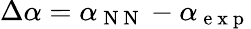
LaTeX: \Delta\alpha=\alpha_{\mathrm{~N~N~}}-\alpha_{\mathrm{~e~x~p~}}